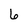
Character: 6